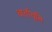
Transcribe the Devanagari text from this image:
वार्तावृत्ति